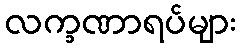
လက္ခဏာရပ်များ